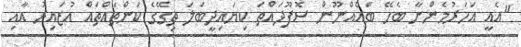
"އެއީ އަހަރުމެންނާ ބެހޭ ބައެއްނޫން ސޮފޫދައްތަ ކިޔައިދީބަލަ ތިގޭގެ ކަންތައްތައް އުޒައިރު އާއި